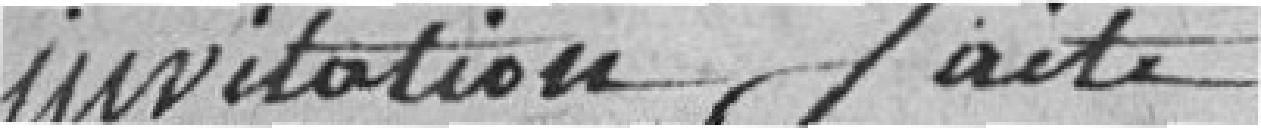
invitation faite